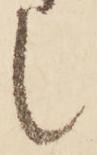
し